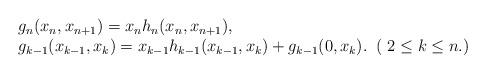
LaTeX: \begin{align*}\begin{array}{l}g_n(x_n,x_{n+1})=x_n h_n(x_n,x_{n+1}),\\g_{k-1}(x_{k-1},x_k)=x_{k-1}h_{k-1}(x_{k-1},x_k)+g_{k-1}(0,x_k).\;\;( \;2 \leq k \leq n.)\end{array}\end{align*}